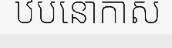
ឋបនោកាស